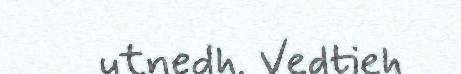
utnedh. Vedtieh